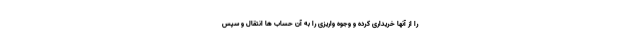
را از آنها خریداری کرده و وجوه واریزی را به آن حساب ها انتقال و سپس